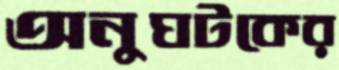
অনুঘটকের